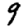
Digit: 9